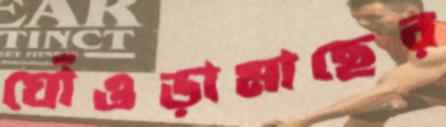
ঘোঁওড়ামাছের